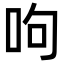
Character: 呴